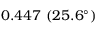
0 . 4 4 7 \ ( 2 5 . 6 ^ { \circ } )